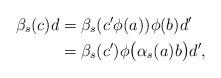
LaTeX: \begin{align*}\beta_s(c)d&=\beta_s(c'\phi(a))\phi(b)d'\\&=\beta_s(c')\phi\bigl(\alpha_s(a)b\bigr)d',\end{align*}